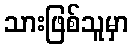
သားဖြစ်သူမှာ